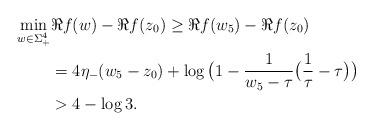
LaTeX: \begin{align*} \min_{w \in \Sigma_{+}^{4}}& \Re{f(w)} - \Re{f(z_{0})} \geq \Re{f(w_{5})} - \Re{f(z_{0})} \\ &= 4 \eta_{-} (w_5-z_{0})+\log\big(1 - \frac{1}{w_5-\tau}\big( \frac{1}{\tau}-\tau\big)\big)\\ &>4-\log 3. \end{align*}